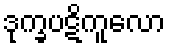
ဒုက္ခပဋိကူလော